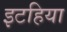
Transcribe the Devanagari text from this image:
इटहिया